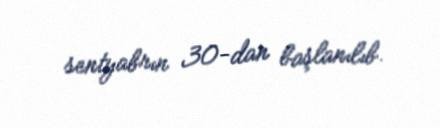
sentyabrın 30-dan başlanılıb.